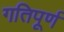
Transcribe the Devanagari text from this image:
गतिपूर्ण